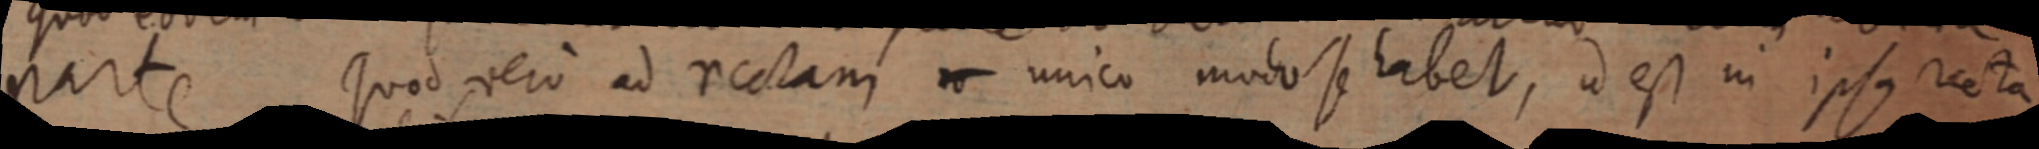
parte Quod vero ad rectam _ unico modo se habet, id est in ipsus recta